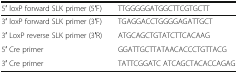
<table><thead><tr><td><b>5′ loxP forward SLK primer (5′F)</b></td><td><b>TTGGGGGATGGCTTCGTGCTT</b></td></tr></thead><tbody><tr><td>3′ loxP forward SLK primer (3′F)</td><td>TGAGGACCTGGGGAGATTGCT</td></tr><tr><td>3′ LoxP reverse SLK primer (3′R)</td><td>ATGCAGCTGTATCTTCACAAG</td></tr><tr><td>5′ Cre primer</td><td>GGATTGCTTATAACACCCTGTTACG</td></tr><tr><td>3′ Cre primer</td><td>TATTCGGATC ATCAGCTACACCAGAG</td></tr></tbody></table>